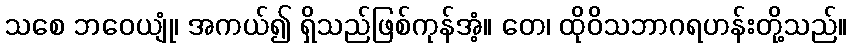
သစေ ဘဝေယျုံ၊ အကယ်၍ ရှိသည်ဖြစ်ကုန်အံ့။ တေ၊ ထိုဝိသဘာဂရဟန်းတို့သည်။